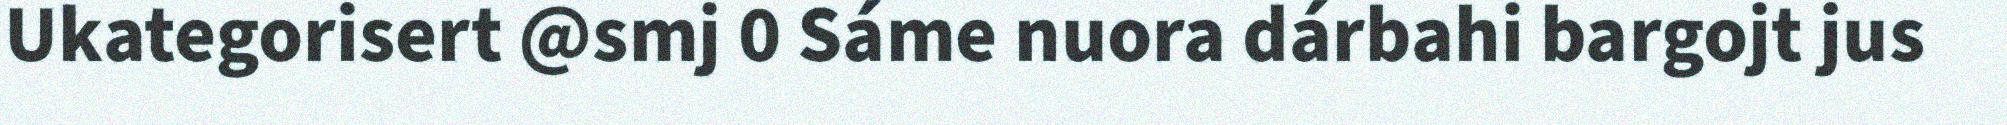
Ukategorisert @smj 0 Sáme nuora dárbahi bargojt jus